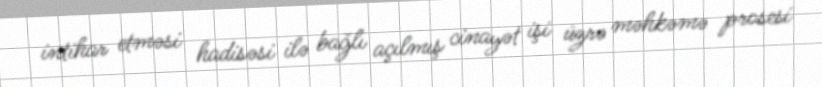
intihar etməsi hadisəsi ilə bağlı açılmış cinayət işi üzrə məhkəmə prosesi